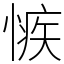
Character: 愱